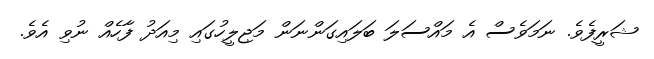
ޝަރީފެވެ. ނަމަވެސް އެ މައްސަލަ ބަލައިގަންނަން މަޖިލީހުގައި މިއަދު ފާހެއް ނުވި އެވެ.